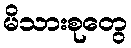
မိသားစုတွေ